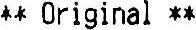
** ORIGINAL **